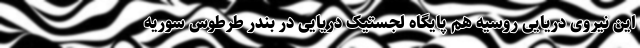
این نیروی دریایی روسیه هم پایگاه لجستیک دریایی در بندر طرطوس سوریه